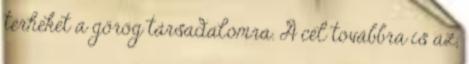
terheket a görög társadalomra. A cél továbbra is az,